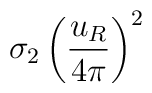
\sigma_2 \left( \frac{u_R}{4\pi} \right)^2